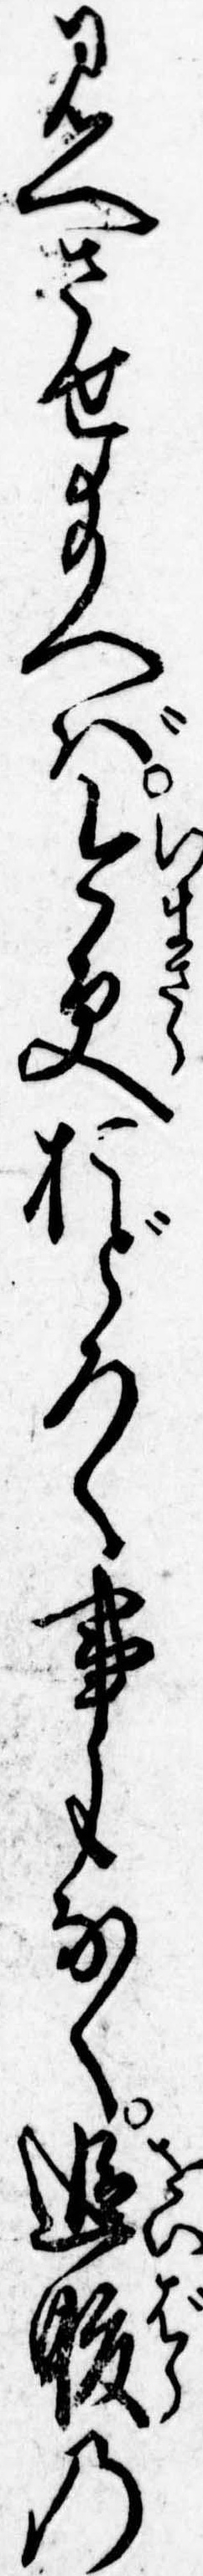
見へさせ給へば今更おどろく事もなく追腹の